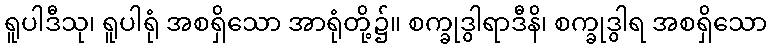
ရူပါဒီသု၊ ရူပါရုံ အစရှိသော အာရုံတို့၌။ စက္ခုဒွါရာဒီနိ၊ စက္ခုဒွါရ အစရှိသော